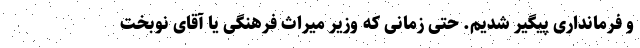
و فرمانداری پیگیر شدیم. حتی زمانی که وزیر میراث فرهنگی یا آقای نوبخت